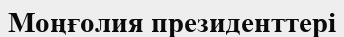
Моңғолия президенттері